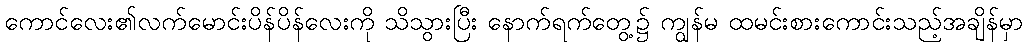
ကောင်လေး၏လက်မောင်းပိန်ပိန်လေးကို သိသွားပြီး နောက်ရက်တွေ့၌ ကျွန်မ ထမင်းစားကောင်းသည့်အချိန်မှာ